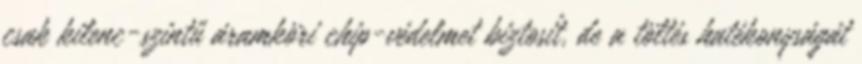
csak kilenc-szintű áramköri chip-védelmet biztosít, de a töltés hatékonyságát